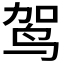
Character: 𫛤